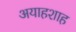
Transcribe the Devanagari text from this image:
अयाहशाह